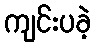
ကျင်းပခဲ့